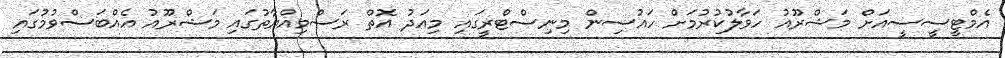
އެމްޓީސީސީއަށް މަޝްރޫއު ހަވާލުކުރުމަށް ހައުސިން މިނިސްޓްރީގައި މިއަދު އޮތް ރަސްމިއްޔާތުގައި މަޝްރޫއު އެއްބަސްވުމުގައި